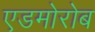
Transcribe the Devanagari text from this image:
एडमोरोब